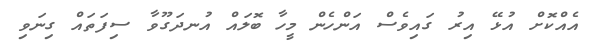
އެއްކޮށް އުޅޭ އިރު ގައިވެސް އަންހެން މީހާ ބޮލައް އުނދަގޫވާ ސިފަތައް ގިނަވި